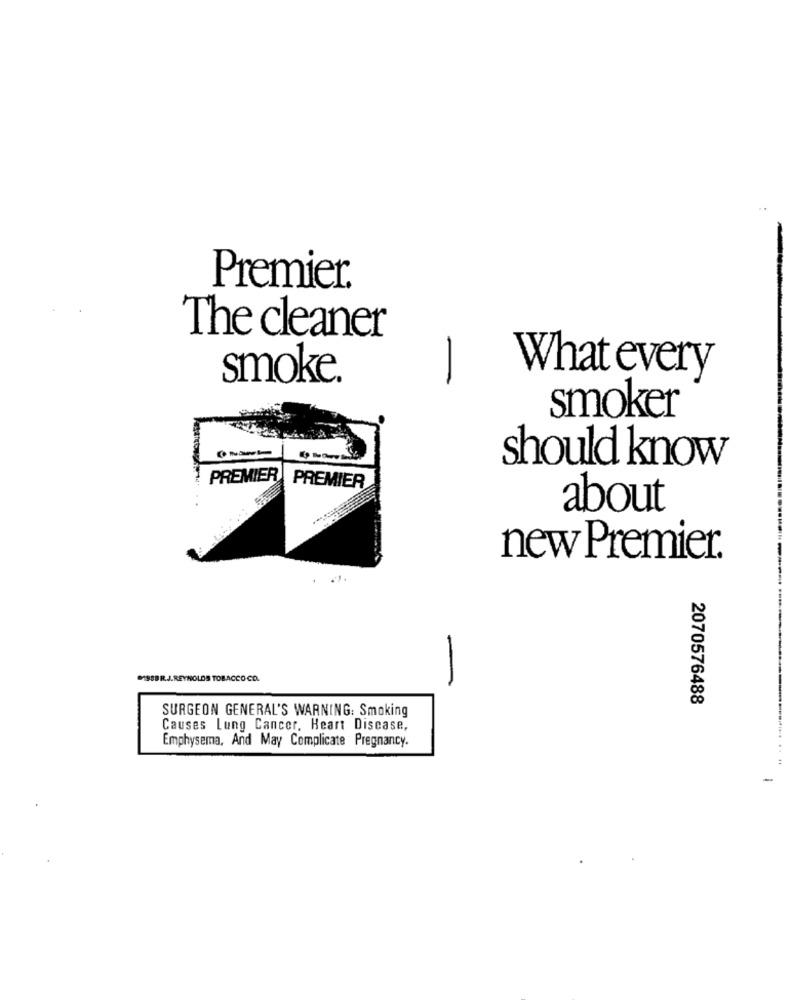
Premier.
The cleaner
What every
smoke.
-
smoker
should know
PREMIER PREMIER
about
new Premier.
198BRJ.REYNOLDS TOBACCO-CO.
2070576488
SURGEON GENERAL'S WARNING: Smoking
Causes Lung Cancer. Heart Disease,
Emphysema, And May Complicate Pregnancy.